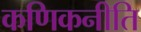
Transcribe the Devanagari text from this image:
कणिकनीति